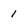
Character: 1